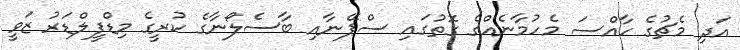
އަދި މެޗުގެ ހާއްސަ މެހުމާނެއްގެ ގޮތުގައި ސްޕޭނާއި ބާސެލޯނާގެ ކުރީގެ މިޑްފީލްޑަރު ޒަވީ